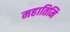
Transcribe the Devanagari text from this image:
महातिमि